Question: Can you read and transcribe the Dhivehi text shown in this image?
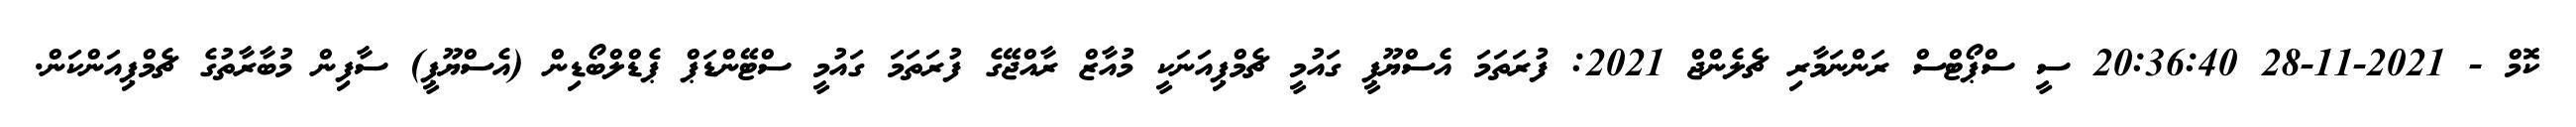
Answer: ކޮމް - 2021-11-28 20:36:40 ސީ ސްޕޯޓްސް ރަންނަމާރި ޗެލެންޖް 2021: ފުރަތަމަ އެސްޔޫޕީ ގައުމީ ޗެމްޕިއަނަކީ މުއާޒް ރާއްޖޭގެ ފުރަތަމަ ގައުމީ ސްޓޭންޑަޕް ޕެޑްލްބޯޑިން (އެސްޔޫޕީ) ސާފިން މުބާރާތުގެ ޗެމްޕިއަންކަން.